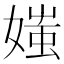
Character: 媸